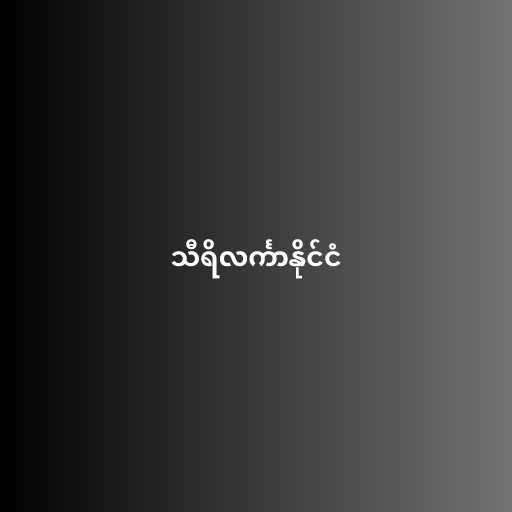
သီရိလင်္ကာနိုင်ငံ